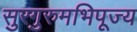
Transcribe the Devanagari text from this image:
सुरगुरुमभिपूज्य